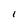
Character: I